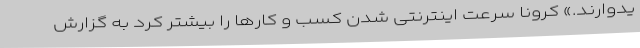
یدوارند.» کرونا سرعت اینترنتی شدن کسب و کارها را بیشتر کرد به گزارش